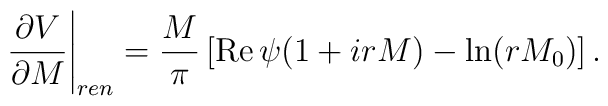
\left. \frac{\partial V}{\partial M} \right|_{ren} = \frac{M}{\pi}\left[ \mbox{Re} \, \psi (1   +i  rM              )  - \ln (r M_0)\right]. \label 9